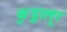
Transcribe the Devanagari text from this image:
कुड्डालूर